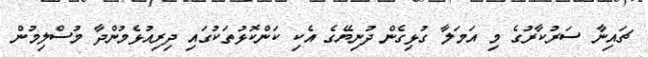
ޗައިނާ ސަރުކާރުގެ މި އަމަލާ ގުޅިގެން ދުނިޔޭގެ އެކި ކަންކޮޅުތަކުގައި ދިރިއުޅެމުންދާ މުސްލިމުން